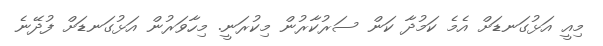
މިއީ އަޅުގަނޑަށް އެމެ ކަމުދާ ކަން ސަރުކާރުން މިކުރަނީ. މިހާވަރުން އަޅުގަނޑަށް ފުދޭނެ